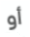
أو